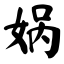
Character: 娲